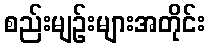
စည်းမျဉ်းများအတိုင်း